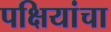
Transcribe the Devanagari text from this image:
पक्षियांचा